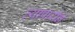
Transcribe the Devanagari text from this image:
व्यापारीने